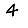
Digit: 4